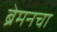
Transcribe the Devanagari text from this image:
ब्रेमनचा